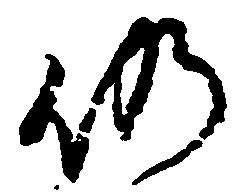
仍